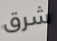
شرق